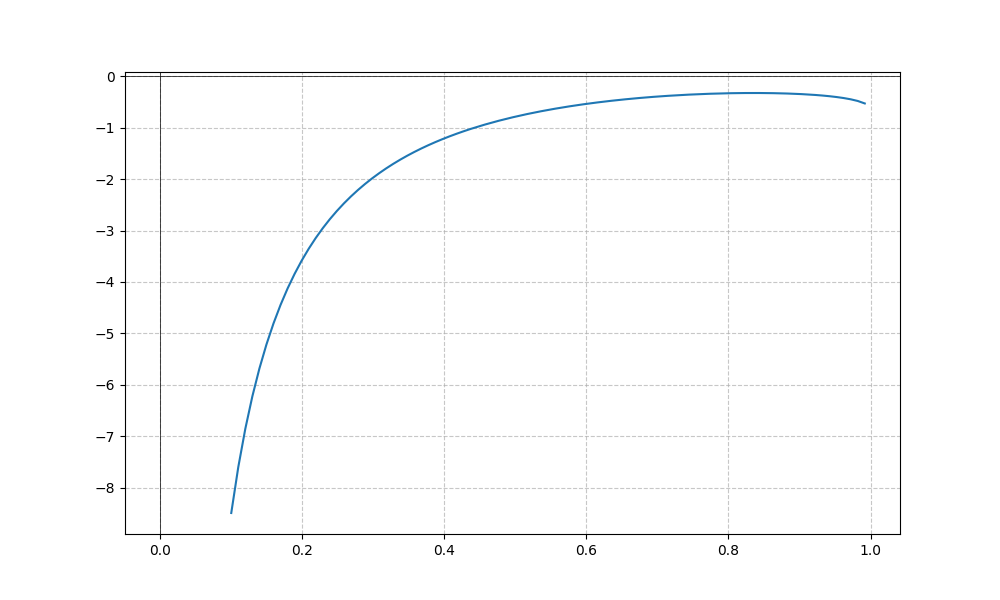
LaTeX formula: - \cot{\left(x \right)} + \operatorname{acos}{\left(x \right)}